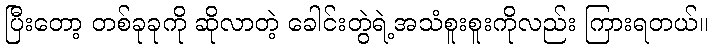
ပြီးတော့ တစ်ခုခုကို ဆိုလာတဲ့ ခေါင်းတွဲရဲ့အသံစူးစူးကိုလည်း ကြားရတယ်။